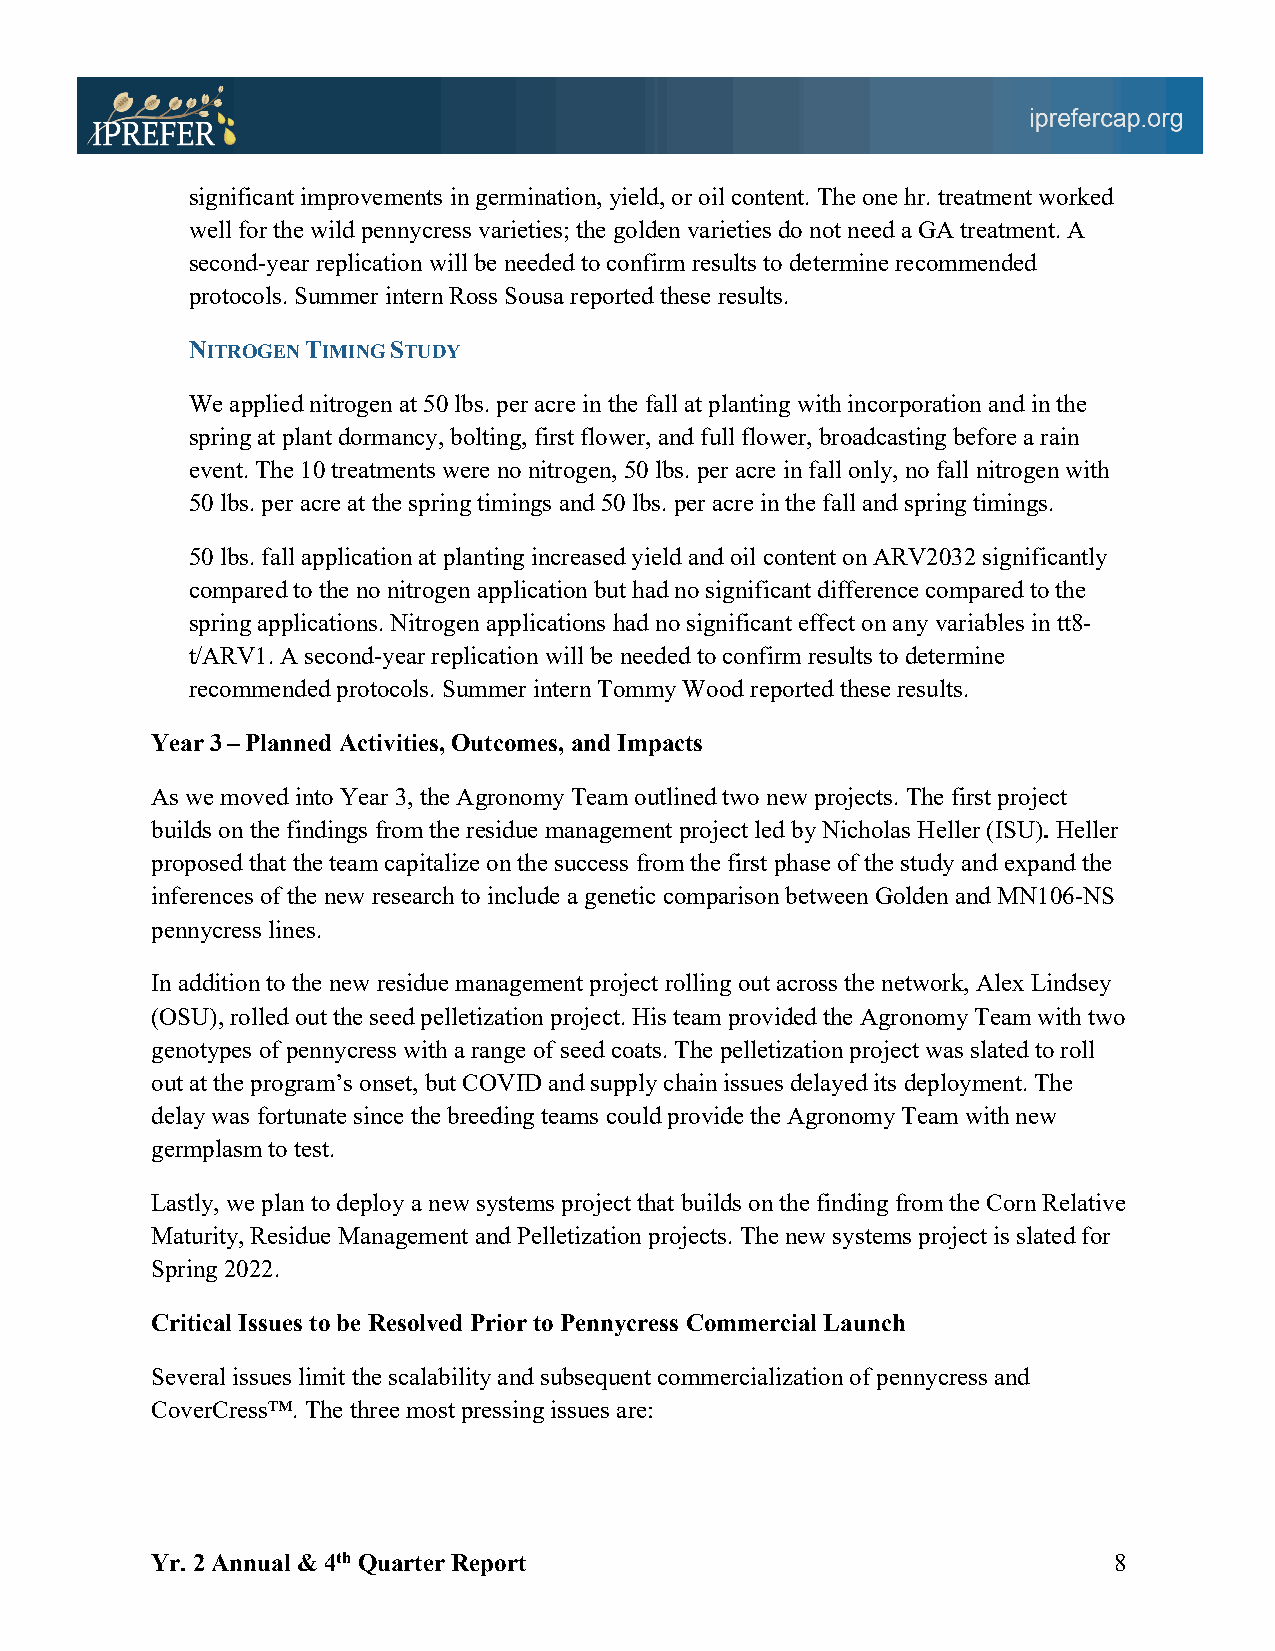
significant improvements in germination, yield, or oil content. The one hr. treatment worked
 well for the wild pennycress varieties; the golden varieties do not need a GA treatment. A
 second-year replication will be needed to confirm results to determine recommended
 protocols. Summer intern Ross Sousa reported these results.
 NITROGEN TIMING STUDY
 We applied nitrogen at 50 lbs. per acre in the fall at planting with incorporation and in the
 spring at plant dormancy, bolting, first flower, and full flower, broadcasting before a rain
 event. The 10 treatments were no nitrogen, 50 lbs. per acre in fall only, no fall nitrogen with
 50 lbs. per acre at the spring timings and 50 lbs. per acre in the fall and spring timings.
 50 lbs. fall application at planting increased yield and oil content on ARV2032 significantly
 compared to the no nitrogen application but had no significant difference compared to the
 spring applications. Nitrogen applications had no significant effect on any variables in tt8-
 t/ARV1. A second-year replication will be needed to confirm results to determine
 recommended protocols. Summer intern Tommy Wood reported these results.
 Year 3 – Planned Activities, Outcomes, and Impacts
 As we moved into Year 3, the Agronomy Team outlined two new projects. The first project
 builds on the findings from the residue management project led by Nicholas Heller (ISU). Heller
 proposed that the team capitalize on the success from the first phase of the study and expand the
 inferences of the new research to include a genetic comparison between Golden and MN106-NS
 pennycress lines.
 In addition to the new residue management project rolling out across the network, Alex Lindsey
 (OSU), rolled out the seed pelletization project. His team provided the Agronomy Team with two
 genotypes of pennycress with a range of seed coats. The pelletization project was slated to roll
 out at the program’s onset, but COVID and supply chain issues delayed its deployment. The
 delay was fortunate since the breeding teams could provide the Agronomy Team with new
 germplasm to test.
 Lastly, we plan to deploy a new systems project that builds on the finding from the Corn Relative
 Maturity, Residue Management and Pelletization projects. The new systems project is slated for
 Spring 2022.
 Critical Issues to be Resolved Prior to Pennycress Commercial Launch
 Several issues limit the scalability and subsequent commercialization of pennycress and
 CoverCress™. The three most pressing issues are:
 Yr. 2 Annual & 4th Quarter Report                               8